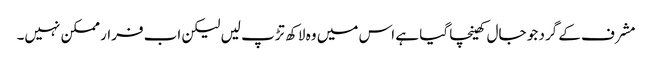
مشرف کے گرد جو جال کھینچا گیا ہے اس میں وہ لاکھ تڑپ لیں لیکن اب فرار ممکن نہیں۔